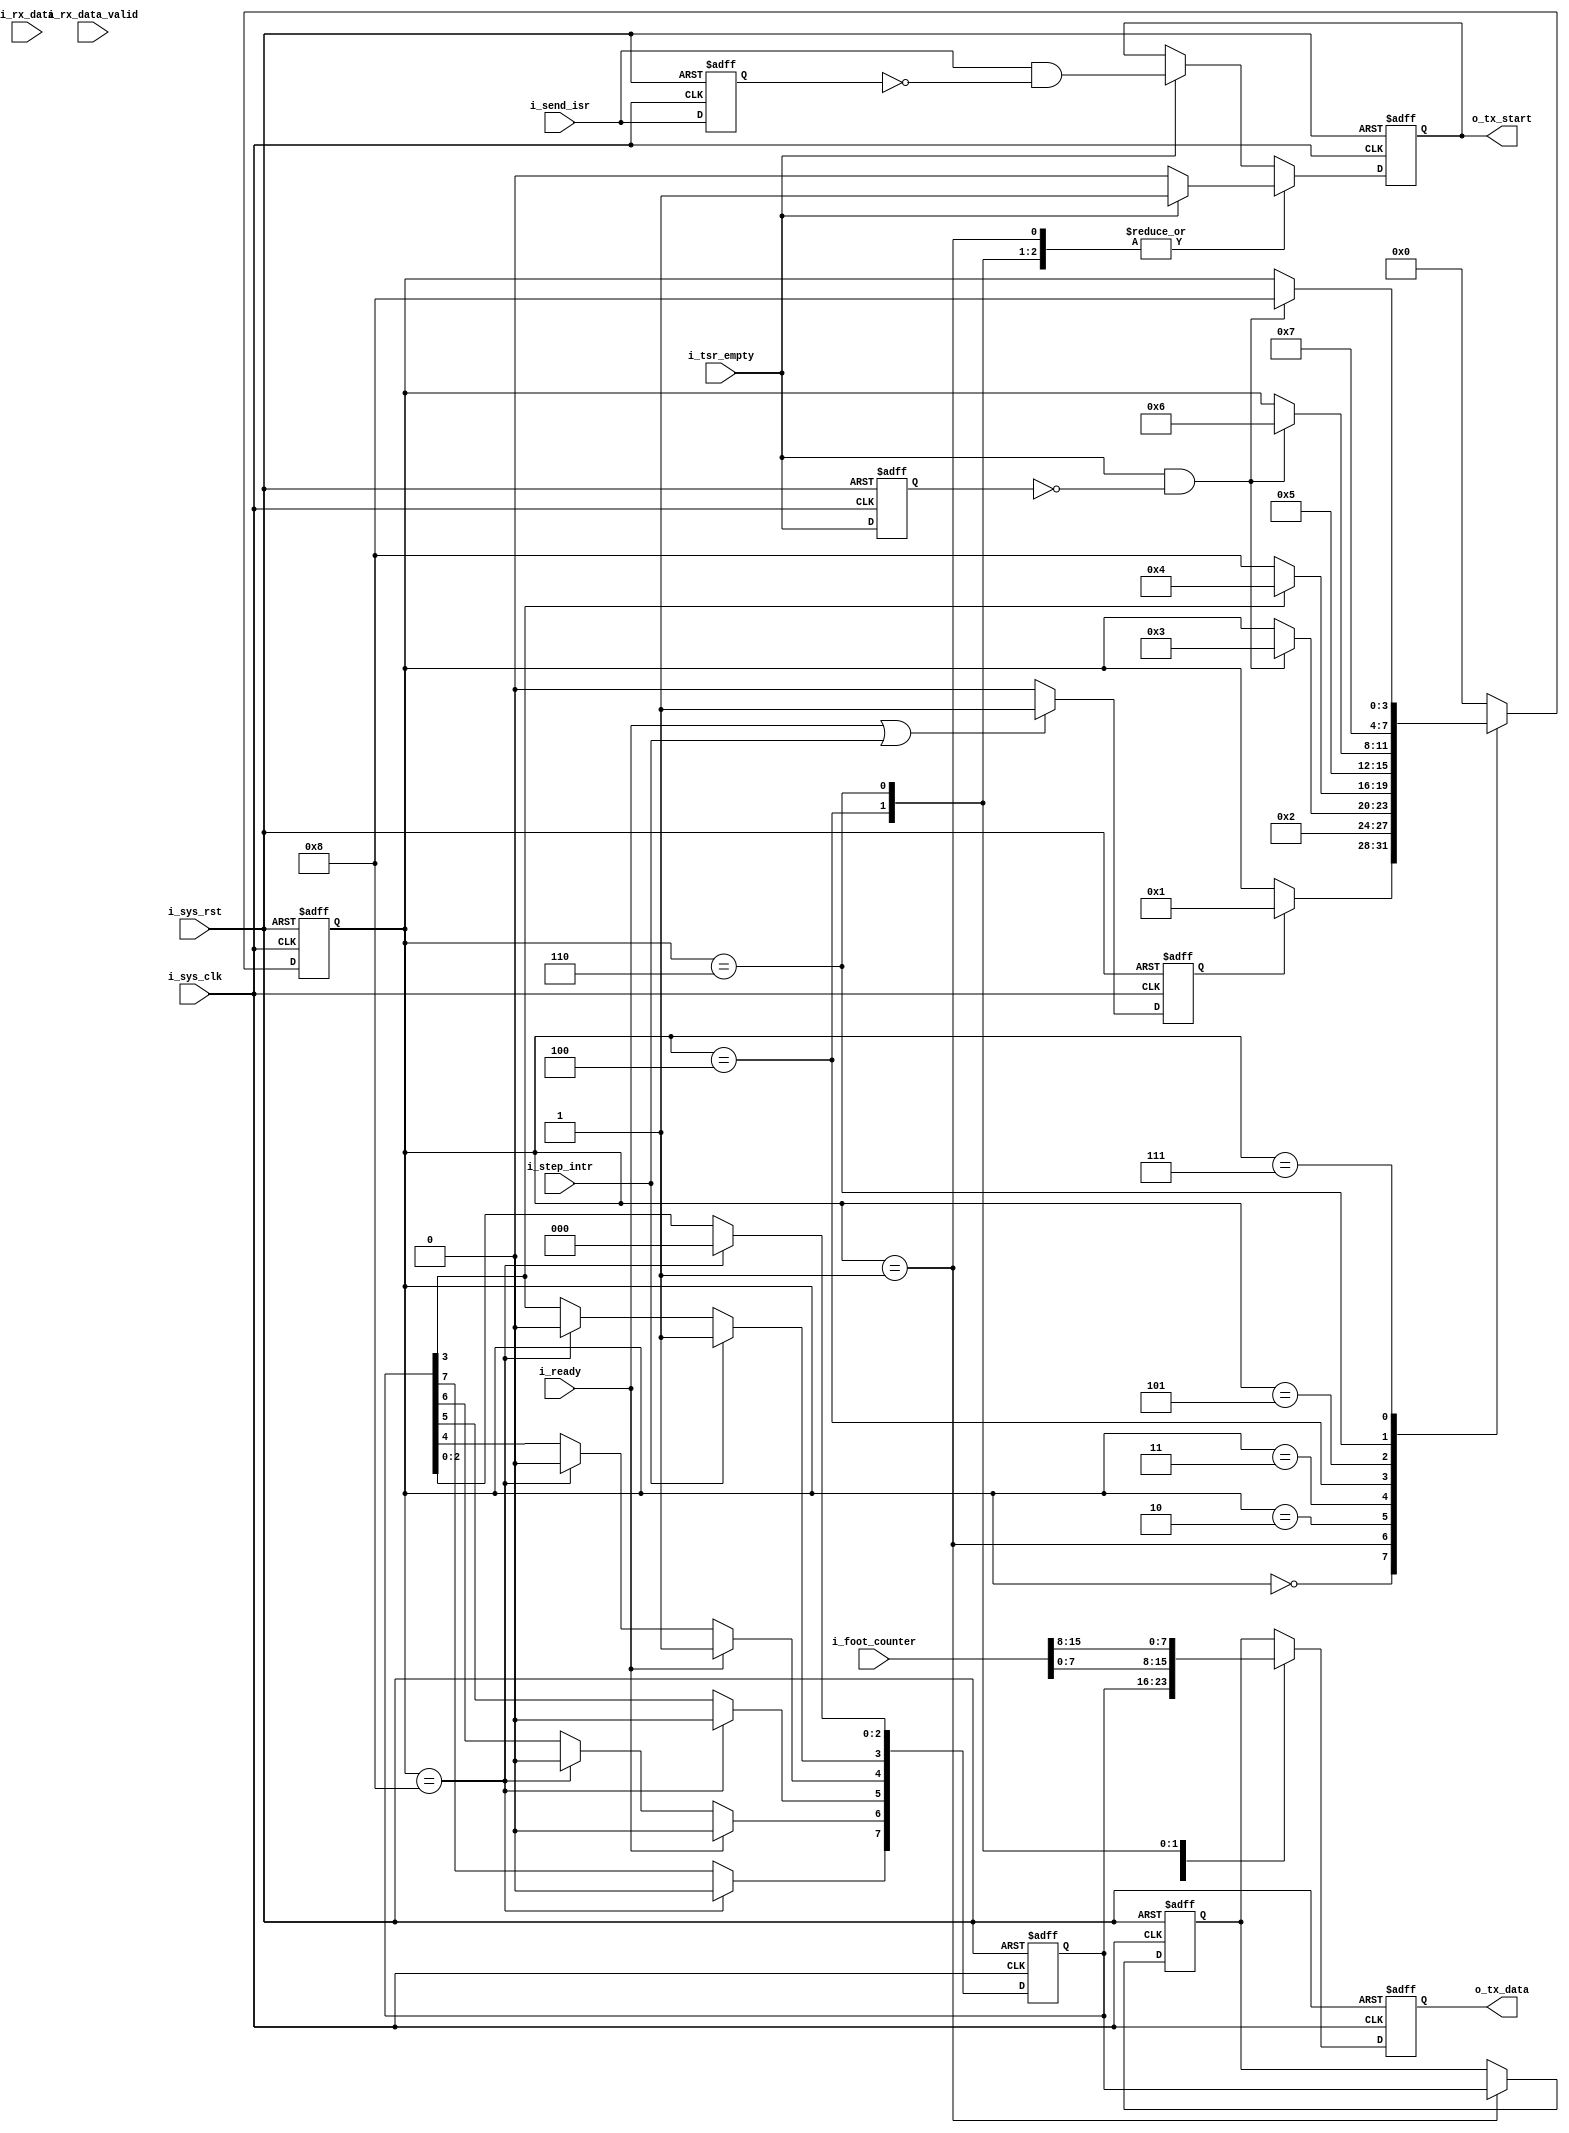
//-------------------------------------------------------------------------
//  >>>>>>>>>>>>>>>>>>>>>>>>> COPYRIGHT NOTICE <<<<<<<<<<<<<<<<<<<<<<<<<
//-------------------------------------------------------------------------
//  Copyright (c) 2012 by Lattice Semiconductor Corporation
//
//-------------------------------------------------------------------------
// Permission:
//
//   Lattice Semiconductor grants permission to use this code for use
//   in synthesis for any Lattice programmable logic product.  Other
//   use of this code, including the selling or duplication of any
//   portion is strictly prohibited.
//
// Disclaimer:
//
//   This VHDL or Verilog source code is intended as a design reference
//   which illustrates how these types of functions can be implemented.
//   It is the user's responsibility to verify their design for
//   consistency and functionality through the use of formal
//   verification methods.  Lattice Semiconductor provides no warranty
//   regarding the use or functionality of this code.
//-------------------------------------------------------------------------
//
//    Lattice Semiconductor Corporation
//    5555 NE Moore Court
//    Hillsboro, OR 97124
//    U.S.A
//
//    TEL: 1-800-Lattice (USA and Canada)
//    503-268-8001 (other locations)
//
//    web: http://www.latticesemi.com/
//
//-------------------------------------------------------------------------
//  Project  : LP3.5K_Pedometer_with_BLE_Interface
//-------------------------------------------------------------------------
//  Code Revision History :
//  Ver: | Author        | Mod. Date    |Changes Made:
//  V1.0 | MDN           | 01-FEB-2014  |
//-------------------------------------------------------------------------
//  Description : FSM to send ISR bit to UART Tx module
//-------------------------------------------------------------------------
//  Parameters :none                           
//-------------------------------------------------------------------------
//  Reuse Issues
//   Reset Strategy   : Asynchronous, active high system level reset
//   Clock Domains    : i_sys_clk
//   Asynchronous I/F : i_sys_rst
//   Instantiations   : none
//   Other            : N/A
//-------------------------------------------------------------------------
module uart_reg_fsm (/*AUTOARG*/
                     // Outputs
                     o_tx_start, o_tx_data,
                     // Inputs
                     i_sys_clk, i_sys_rst, i_ready, i_step_intr, i_send_isr, i_foot_counter,
                     i_rx_data, i_rx_data_valid, i_tsr_empty
                     );


    //System level Inputs
    input i_sys_clk;
    input i_sys_rst;

    //interrupt from sensor data
    input i_ready;
    input i_step_intr;
    input i_send_isr;
    input [15:0] i_foot_counter;
    
    //Interface with UART
    input wire [7:0] i_rx_data;
    input wire       i_rx_data_valid;
    output           o_tx_start;
    output reg [7:0] o_tx_data;
    input wire       i_tsr_empty;
   
    reg [7:0]        isr_i;
    reg [7:0]        auto_isr_i;
    reg              intr_ap_i;
    reg [11:0]       intr_count_i; 
    reg [3:0]        state_i;
    reg              tx_start_i;
    wire             isr_read_i;
    wire             tsr_empty_pulse_i;
    reg              tsr_empty_reg_i;
    reg              isr_send_reg_i;
    wire             isr_send_pulse_i;

    parameter  IDLE_STATE = 0;
    parameter  SEND_ISR = 1;
    parameter  RESET_TX_START = 2;  
    parameter  STEP_COUNT_STATE = 3;
    parameter  SEND_STEP_COUNT_LSB = 4;
    parameter  RESET_TX_START_STEP_LSB =5;
    parameter  SEND_STEP_COUNT_MSB = 6;
    parameter  RESET_TX_START_STEP_MSB = 7;
    parameter  RESET_ISR_STATE = 8;
   
   assign o_tx_start =  tx_start_i;
   
   /*
    * Processor interrupt mechanism
    */
   always @(posedge i_sys_clk or posedge i_sys_rst)begin
      if(i_sys_rst )begin
         isr_i <= 0;
      end else begin
         if(state_i == RESET_ISR_STATE)begin
            isr_i <= 8'h00;
         end
         
         if(i_step_intr)
           isr_i[3] <= 1;
         
         if(i_ready) begin         //0x0010
            isr_i[4] <= 1;       //ready after calubration is done
            isr_i[6] <= 0;
         end
      end
   end                           

   //interrupt to AP              
   always @(posedge i_sys_clk or posedge i_sys_rst)begin
      if(i_sys_rst)begin
         intr_ap_i <= 0;
      end else begin
         if(i_ready || i_step_intr )begin
            intr_ap_i <= 1;
         end else begin
            intr_ap_i <= 0;
         end
      end
   end
   

    //Interrupt counter to reset o_int
    always @(posedge i_sys_clk or posedge i_sys_rst)begin
        if(i_sys_rst)begin
            intr_count_i <= 0;
        end else begin
            if(intr_ap_i)begin
                intr_count_i <= intr_count_i + 1;
            end else begin
                intr_count_i <= 0;
            end
        end
    end
   
   //FSM to send data 
   always @(posedge i_sys_clk or posedge i_sys_rst) begin
      if(i_sys_rst) begin
         state_i <= IDLE_STATE;
      end else begin
         case(state_i)
	   
           IDLE_STATE : begin
              if(intr_ap_i)
                state_i <= SEND_ISR;
           end
           SEND_ISR : begin
              state_i <= RESET_TX_START;
           end
           RESET_TX_START : begin
              if(tsr_empty_pulse_i)
                state_i <= STEP_COUNT_STATE;
           end
           STEP_COUNT_STATE : begin
              if(isr_i[3] == 1)
                state_i <= SEND_STEP_COUNT_LSB;
              else
                state_i <= RESET_ISR_STATE;
           end
           SEND_STEP_COUNT_LSB : begin
              state_i <= RESET_TX_START_STEP_LSB;
           end
           RESET_TX_START_STEP_LSB : begin
              if(tsr_empty_pulse_i)
                state_i <= SEND_STEP_COUNT_MSB;
           end
           SEND_STEP_COUNT_MSB : begin
              state_i <= RESET_TX_START_STEP_MSB;
           end
           RESET_TX_START_STEP_MSB : begin
              if(tsr_empty_pulse_i)
                state_i <= RESET_ISR_STATE;
           end
           RESET_ISR_STATE : begin
              state_i <= IDLE_STATE;
           end
           
           default : state_i <= IDLE_STATE;
         endcase
      end
   end

   //tsr_empty pulse generation
   always @(posedge i_sys_clk or posedge i_sys_rst) begin
      if(i_sys_rst) begin
         tsr_empty_reg_i <= 0;
      end else begin
         tsr_empty_reg_i <= i_tsr_empty;
      end
   end
   
   assign tsr_empty_pulse_i = i_tsr_empty && (~tsr_empty_reg_i);

   //tx_start_i generation
   always @(posedge i_sys_clk or posedge i_sys_rst) begin
      if(i_sys_rst) begin
         tx_start_i <= 0;
      end else begin
         case(state_i)
           SEND_ISR,
             SEND_STEP_COUNT_LSB,
             SEND_STEP_COUNT_MSB : begin
                if(i_tsr_empty)
                  tx_start_i <= 1;
                else
                  tx_start_i <= 0;
             end
           default :begin
              if(i_tsr_empty)
                tx_start_i <= isr_send_pulse_i;
           end             
         endcase
      end
   end

   //o_tx_data
   always @(posedge i_sys_clk or posedge i_sys_rst) begin
      if(i_sys_rst) begin           
         o_tx_data <= 0;
      end else begin
         case(state_i)
	   
           SEND_ISR : begin
              o_tx_data <= isr_i;
           end
           SEND_STEP_COUNT_LSB : begin
              o_tx_data <= i_foot_counter[7:0];
           end
           SEND_STEP_COUNT_MSB : begin
              o_tx_data <= i_foot_counter[15:8];
           end            
           default: begin
              o_tx_data <= auto_isr_i;
           end
         endcase
      end
   end

   //To send ISR bit for every 10 sec
   always @(posedge i_sys_clk or posedge i_sys_rst)begin
      if(i_sys_rst)begin
         auto_isr_i <= 0;
      end else begin
         case(state_i)
           SEND_ISR :  begin
              auto_isr_i <= isr_i;
           end
           default :
             auto_isr_i <= auto_isr_i;
         endcase
      end
   end

   // pulse generating for tx start signal
   always @(posedge i_sys_clk or posedge i_sys_rst)begin
      if(i_sys_rst) begin
         isr_send_reg_i <= 0;
      end else begin
         isr_send_reg_i <= i_send_isr;
      end
   end

   assign isr_send_pulse_i = i_send_isr && ~isr_send_reg_i;
   
   
   
   // Beginning of automatic ASCII enum decoding
   reg [247:0]         state_ascii_i;// Decode of uart_gsm_bridge_fsm_i
   always @(state_i) begin
      case ({state_i})
        IDLE_STATE:                      state_ascii_i = "idle_state";
        SEND_ISR:                        state_ascii_i = "send_isr";
        RESET_TX_START:                  state_ascii_i = "reset_tx_start";
        STEP_COUNT_STATE:                state_ascii_i = "step_count_state";
        SEND_STEP_COUNT_LSB:             state_ascii_i = "send_step_count_lsb";
        RESET_TX_START_STEP_LSB:         state_ascii_i = "reset_tx_start_step_lsb";
        SEND_STEP_COUNT_MSB:             state_ascii_i = "send_step_count_msb";
        RESET_TX_START_STEP_MSB:         state_ascii_i = "reset_tx_start_step_msb";
        RESET_ISR_STATE:                 state_ascii_i = "reset_isr_state";
        default:                         state_ascii_i = "%Error";
      endcase
   end

endmodule